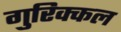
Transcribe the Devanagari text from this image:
गुरिक्कल